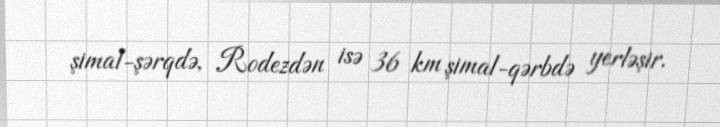
şimal-şərqdə, Rodezdən isə 36 km şimal-qərbdə yerləşir.